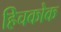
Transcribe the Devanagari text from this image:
हिचकोक